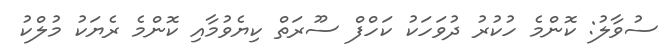
ސުވާލު: ކޮންމެ ހުކުރު ދުވަހަކު ކަހްފް ސޫރަތް ކިޔެވުމާއި ކޮންމެ ރެޔަކު މުލްކު